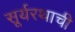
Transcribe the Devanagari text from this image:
सूर्यरथाची